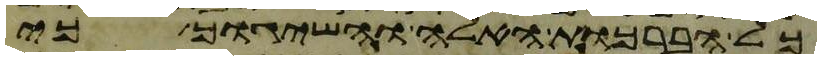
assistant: כל הברכות האלה והשיגוך כי